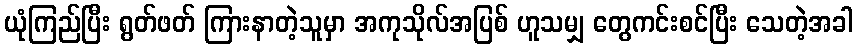
ယုံကြည်ပြီး ရွတ်ဖတ် ကြားနာတဲ့သူမှာ အကုသိုလ်အပြစ် ဟူသမျှ တွေကင်းစင်ပြီး သေတဲ့အခါ